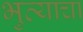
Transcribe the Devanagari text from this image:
भुत्याचा